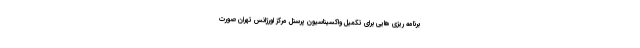
برنامه ریزی هایی برای تکمیل واکسیناسیون پرسنل مرکز اورژانس تهران صورت